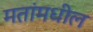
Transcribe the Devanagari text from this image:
मतांमधील